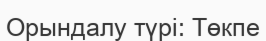
Орындалу түрі: Төкпе